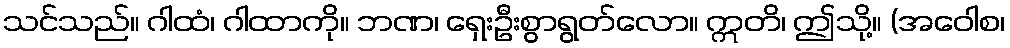
သင်သည်။ ဂါထံ၊ ဂါထာကို။ ဘဏ၊ ရှေးဦးစွာရွတ်လော။ ဣတိ၊ ဤသို့။ (အဝေါစ၊